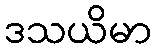
ဒသယိမာ